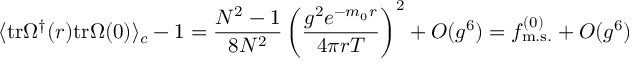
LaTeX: \langle \mathrm { t r } \Omega ^ { \dagger } ( r ) \mathrm { t r } \Omega ( 0 ) \rangle _ { c } - 1 = \frac { N ^ { 2 } - 1 } { 8 N ^ { 2 } } \left( \frac { g ^ { 2 } e ^ { - m _ { 0 } r } } { 4 \pi r T } \right) ^ { 2 } + O ( g ^ { 6 } ) = f _ { \mathrm { m . s . } } ^ { ( 0 ) } + O ( g ^ { 6 } )